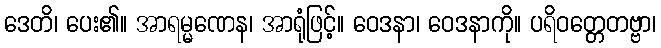
ဒေတိ၊ ပေး၏။ အာရမ္မဏေန၊ အာရုံဖြင့်။ ဝေဒနာ၊ ဝေဒနာကို။ ပရိဝတ္တေတဗ္ဗာ၊